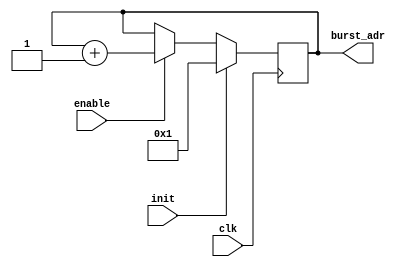
`timescale 1ns / 10ps
//////////////////////////////////////////////////////////////////////////////////////////////////
// connect a counter that will keep track of the DDR3 address
// It will be initialized when a fill is enabled.
// It will increment each time data is written to the FIFO

module burst_address_cntr_ASYNC (
    // inputs
    input clk,
    input init,                   // initialize to zero when the fill number is written
    input enable,                 // will be enabled at the end of a fill
    // outputs
    output reg [22:0] burst_adr   // current DDR3 burst memory location for this fill
);

always @(posedge clk) begin
    if (init) begin
        // set to 0x0001 when initialized
        burst_adr[22:0] <= #1 23'h000001;
    end
    else if (enable) begin
        // increment 
        burst_adr[22:0] <= #1 burst_adr[22:0] + 1;
    end
end
endmodule